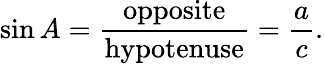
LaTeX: \sin A={\frac{\textrm{opposite}}{\textrm{hypotenuse}}}={\frac{a}{c}}.